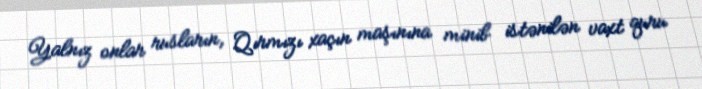
Yalnız onlar rusların, Qırmızı xaçın maşınına minib istənilən vaxt quru